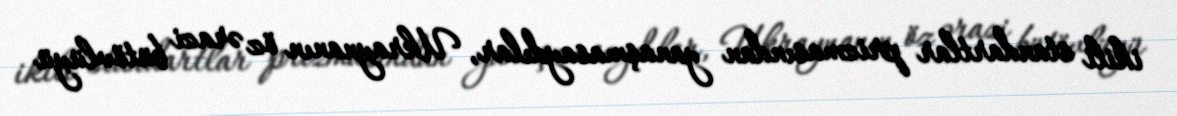
ikili standartlar prizmasından yanaşmasaydılar, Ukraynanın öz ərazi bütövlüyü